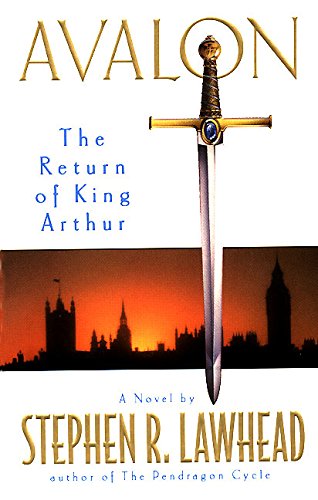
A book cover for Avalon: The Return of King Arthur; Stephen R. Lawhead; Science Fiction & Fantasy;